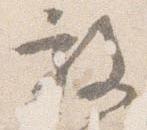
放